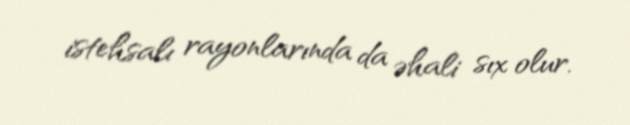
istehsalı rayonlarında da əhali sıx olur.